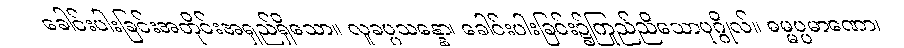
ခေါင်းပါးခြင်းအတိုင်းအရှည်ရှိသော။ လူခပ္ပသန္နော၊ ခေါင်းပါးခြင်း၌ကြည်ညိုသောပုဂ္ဂိုလ်။ ဓမ္မပ္ပမာဏော၊